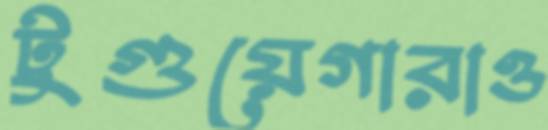
টুগুয়েগারাও